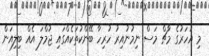
މި އަހަރުގެ މާޗް މަސް ނިމުނުއިރު ހުރިހާ ބޭންކުތަކެއްގައި ޖުމްލަ އެއް ބިލިއަން